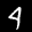
Label: 4